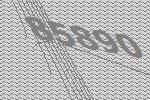
85890